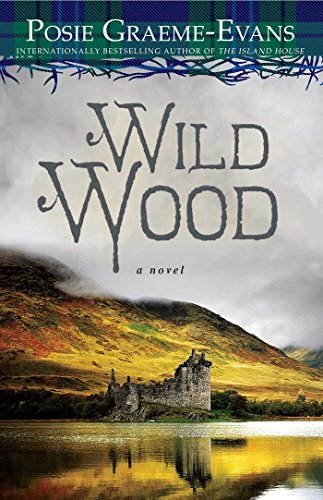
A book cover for Wild Wood: A Novel; Posie Graeme-Evans; Romance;